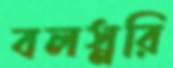
বলস্নরি